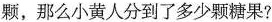
颗，那么小黄人分到了多少颗糖果?